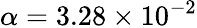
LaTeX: \alpha=3.28\times 10^{-2}